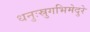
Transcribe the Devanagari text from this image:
धनुःस्रुगभिमेदुरे